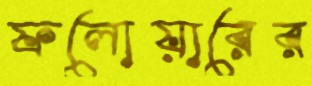
ফলোয়ারের